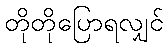
တိုတိုပြောရလျှင်